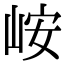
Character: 峖